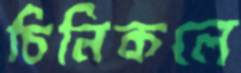
চিনিকলে